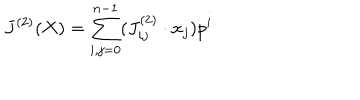
J ^ { ( 2 ) } ( X ) = \sum _ { i , j = 0 } ^ { n - 1 } ( J _ { i j } ^ { ( 2 ) } \cdot x _ { j } ) p ^ { i }